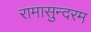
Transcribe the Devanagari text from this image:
रामासुन्दरम